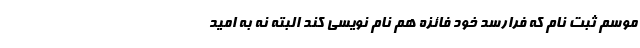
موسم ثبت نام که فرارسد خود فائزه هم نام نویسی کند البته نه به امید